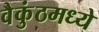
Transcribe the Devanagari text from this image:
वैकुंठमध्ये